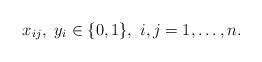
LaTeX: \begin{align*}x_{ij},~y_i\in\{0,1\},~i,j=1,\dots,n.\end{align*}